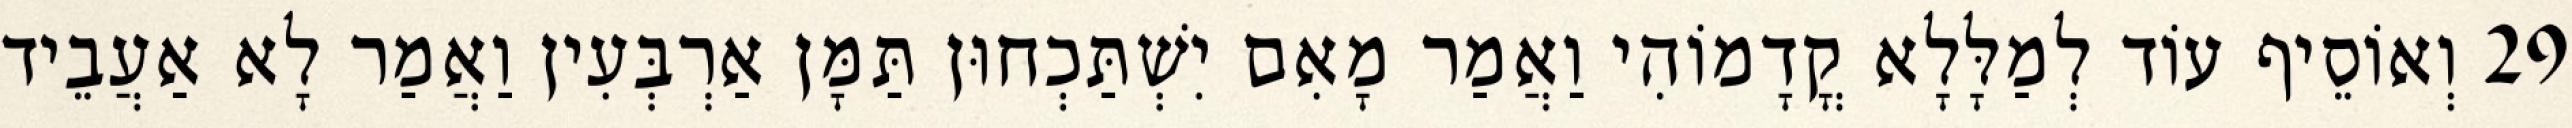
29 וְאוֹסֵיף עוֹד לְמַלָּלָא קֳדָמוֹהִי וַאֲמַר מָאִם יִשְׁתַּכְחוּן תַּמָּן אַרְבְּעִין וַאֲמַר לָא אַעֲבֵיד